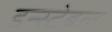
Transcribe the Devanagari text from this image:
डन्स्टेबल